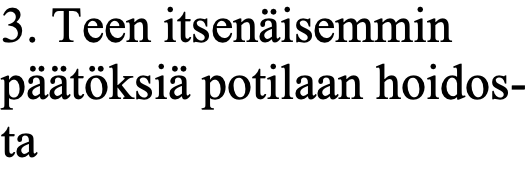
3. Teen itsenäisemmin päätöksiä potilaan hoidos- ta